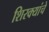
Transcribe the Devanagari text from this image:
शिरक्यांचे